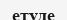
етуде